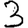
Digit: 3